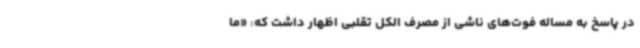
در پاسخ به مساله فوت‌های ناشی از مصرف الکل تقلبی اظهار داشت که: «ما